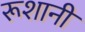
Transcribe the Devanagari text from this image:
रूशानी